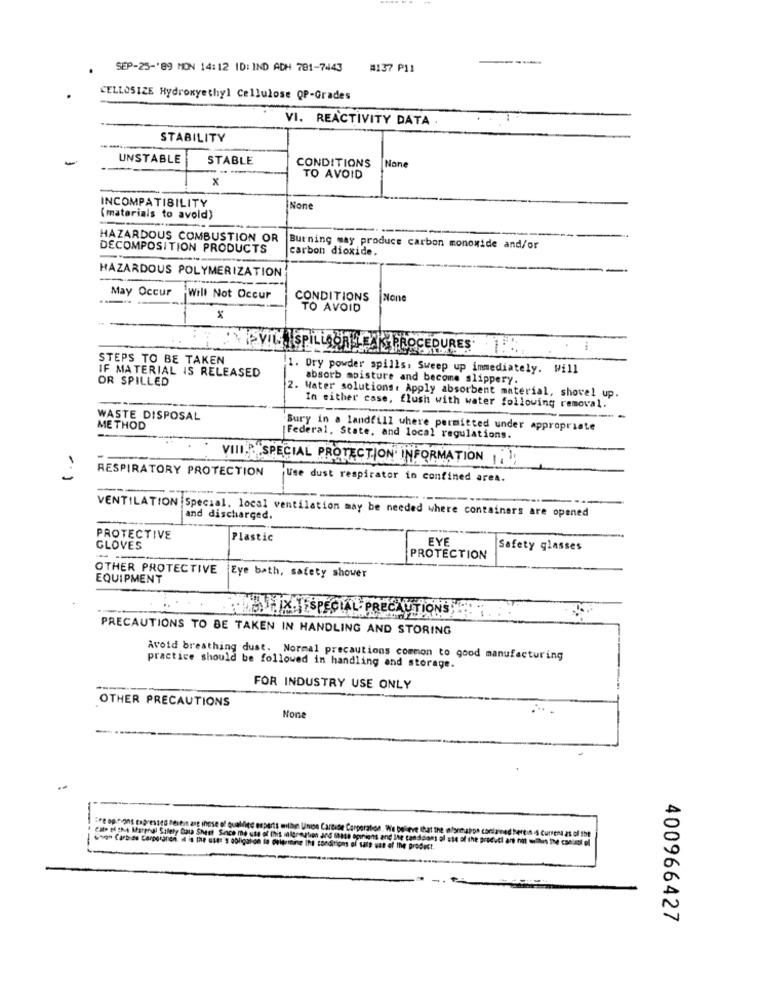
SEP-25-'89 MON 14:12 ID: IND ADH 781-7443 #137 P11
CELLOSIZE Hydroxyethyl Cellulose QP-Grades
VI. REACTIVITY DATA
STABILITY
---
-
UNSTABLE
STABLE
CONDITIONS
x
TO AVOID
INCOMPATIBILITY
INone
(materials to avold)
----
HAZARDOUS COMBUSTION OR
DECOMPOSITION PRODUCTS
Burning may produce carbon monoxide and/or
carbon dioxide.
HAZARDOUS POLYMERIZATION
May Occur
Will Not Occur
CONDITIONS
TO AVOID
SPILLAORE
PROCEDURES
STEPS TO BE TAKEN
IF MATERIAL IS RELEASED
1. Dry powder spills, Sweep up immediately. Will
OR SPILLED
absorb moisture and become slippery.
2. Water solutions. Apply absorbent material, shovel up
In either case, flush with water following removal.
WASTE DISPOSAL
METHOD
Bury in a landfill where permitted under appropriate
Federal, State, and local regulations.
VIII.""SPECIAL PROTECTION" INFORMATION ,; 1;
RESPIRATORY PROTECTION
Use dust respirator in confined area.
VENTILATION :Special, local ventilation may be needed where containers are opened
and discharged.
PROTECTIVE
Plastic
EYE
GLOVES
Safety glasses
PROTECTION
OTHER PROTECTIVE
EQUIPMENT
Eye bath, safety shower
CMS FIX.JESPECIAL- PRECAUTIONS
PRECAUTIONS TO BE TAKEN IN HANDLING AND STORING
Avoid breathing dust. Normal precautions common to good manufacturing
practice should be followed in handling and storage.
FOR INDUSTRY USE ONLY
OTHER PRECAUTIONS
ire options capressed herein ang those of qualified enparts milan Unie Cartese Corporation. We boiseve that the
CIto MENA Afarenul Safety Data Sheet Since me use of this migration and shase opinions and the tondaions ol
oration. We believe that the ofontaros contained here:s .s Current as of the
hions and the con
Gran Carbide Corporanen. # is Ine ust'S Obligation to pelerinine Iht conditions of sale vat of the product.
400966427